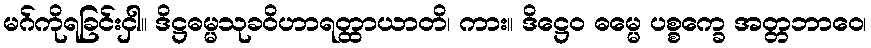
မဂ်ကိုရခြင်းငှါ။ ဒိဋ္ဌဓမ္မသုခဝိဟာရတ္ထာယာတိ၊ ကား။ ဒိဋ္ဌေဝ ဓမ္မေ ပစ္စက္ခေ အတ္တဘာဝေ၊